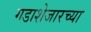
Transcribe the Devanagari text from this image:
गडाशेजारच्या